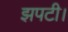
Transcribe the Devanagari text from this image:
झपटी।